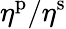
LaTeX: \eta^{\mathrm{p}}/\eta^{\mathrm{s}}